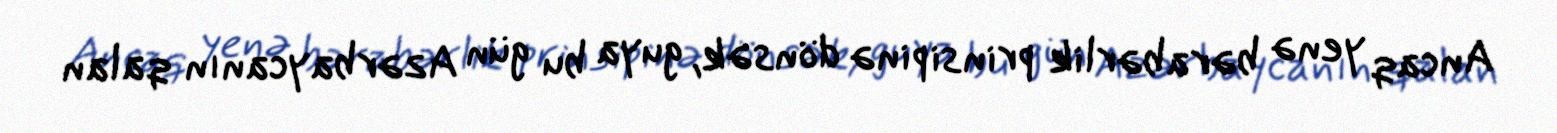
Ancaq yenə bərabərlik prinsipinə dönsək, guya bu gün Azərbaycanın qalan